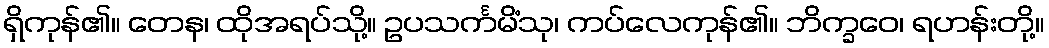
ရှိကုန်၏။ တေန၊ ထိုအရပ်သို့။ ဥပသင်္ကမိံသု၊ ကပ်လေကုန်၏။ ဘိက္ခဝေ၊ ရဟန်းတို့။